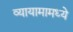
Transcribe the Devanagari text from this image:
व्यायामामध्ये